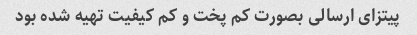
پیتزای ارسالی بصورت کم پخت و کم کیفیت تهیه شده بود